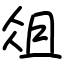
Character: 俎